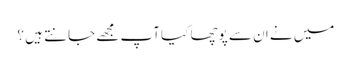
میں نے ان سے پوچھا کیا آپ مجھے جانتے ہیں ؟